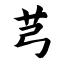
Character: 芎